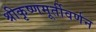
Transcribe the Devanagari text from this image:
श्रीकृष्णमूर्तीवर्णन